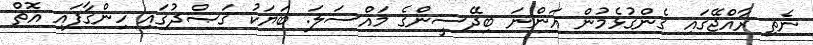
ނެތި ރާއްޖޭގައި ގެންގުޅެމުން އަންނަ ބިދޭސީންގެ މައްސަލަ. ބަޔަކު ޤަޞްދުގައި ހިންގާފައި އޮތް